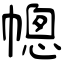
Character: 幒